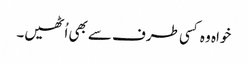
خواہ وہ کسی طرف سے بھی اُٹھیں۔